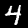
Label: 4